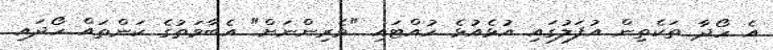
އެ ހޯދާ ތަކެތިން އުފަލުގައި އުޅެއުޅެ ހުއްޓައި "ވެރިންނަށް" އެބާވަތުގެ ކަންތައް ހޯދައި